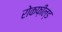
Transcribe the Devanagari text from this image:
रोकफ़ील्ड